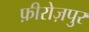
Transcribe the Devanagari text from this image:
फ़ीरोज़पुर